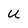
Character: U